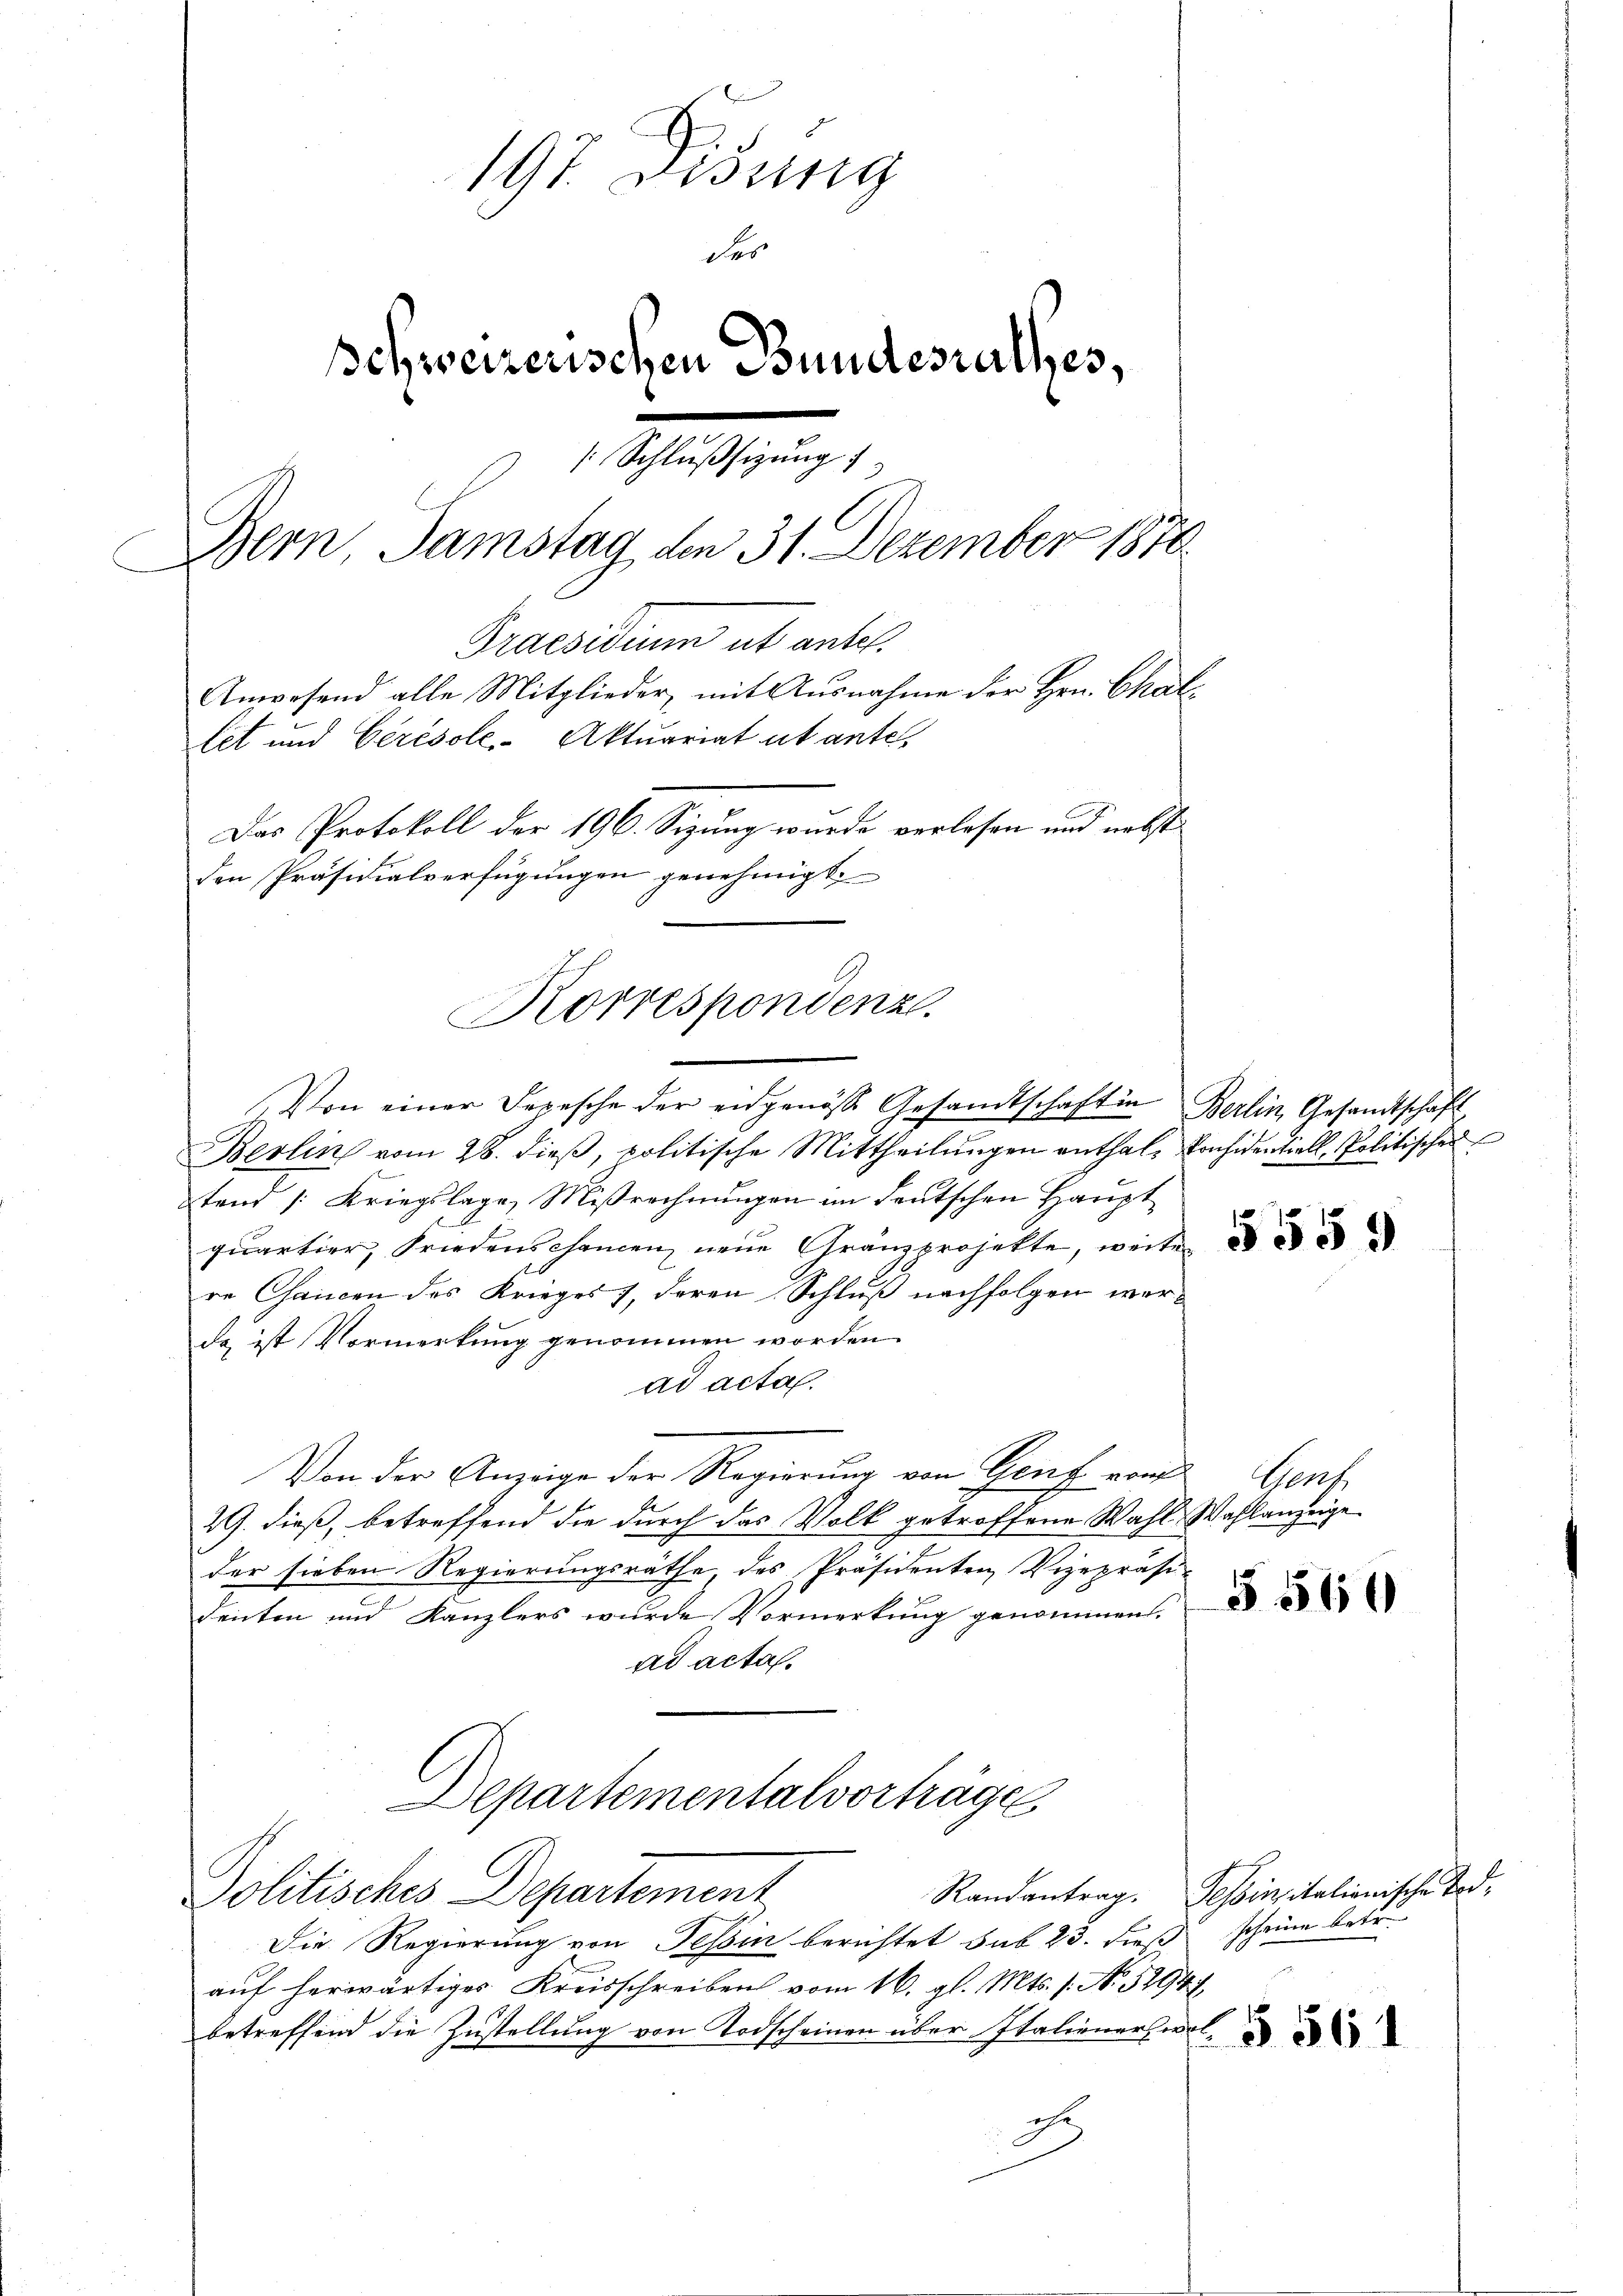
.
197. Disung
des
schweizerischen Bundesrathes,
e
Schlußsizung
Bern, Samstag den 31. Dezember 1870
Praesidium ut antel.
Anwesend alle Mitglieder, mit Ausnahme der Hrn. Challet und Cerésole, Aktuariat ut ante.
Das Protokoll der 196. Sizung wurde verlesen und nebst
den Präsidialverfügungen genehmigt

Korrespondenz.

Von einer Depesche der eidgenösse Gesandtschaft in Berlin, Gesandtschaft
Berlin vom 28. dieß, politische Mittheilungen enthal- Considentiell, Politischen
tend Kriegslage, Mißrechnungen im deutschen Haupt
quartier, Friedenschanen neue Granzprojekte, weite
re Chancen des Krieges, deren Schluß nachfolgen werda ist Vormerkung genommen worden.
ad acta.
Von der Anzeige der Regierung von Genf von Genf
29. dieß, betreffend die durch das Volk getroffene Wahl Wahlanzeige
der sieben Regierungsräthe, des Präsidenten Vizepräsi-
denten und Kanzlers wurde Vormerkung genommen.
ad acta.
Departementalvorträge
Politisches Departement
Die Regierung von Tessin berichtet sub 23. dieß scheine betr.
auf herwärtiges Kreisschreiben vom 16. gl. Mts. 1. No. 52941
betreffend die Zustellung von Todscheinen über Italiener, we
eht

5559

5 560

Randantrag. Selbinitalionische Tod¬

.
§ 561